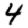
Digit: 4